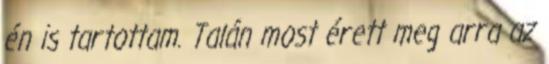
én is tartottam. Talán most érett meg arra az